Cholera in southern India
Disease focus: Cholera
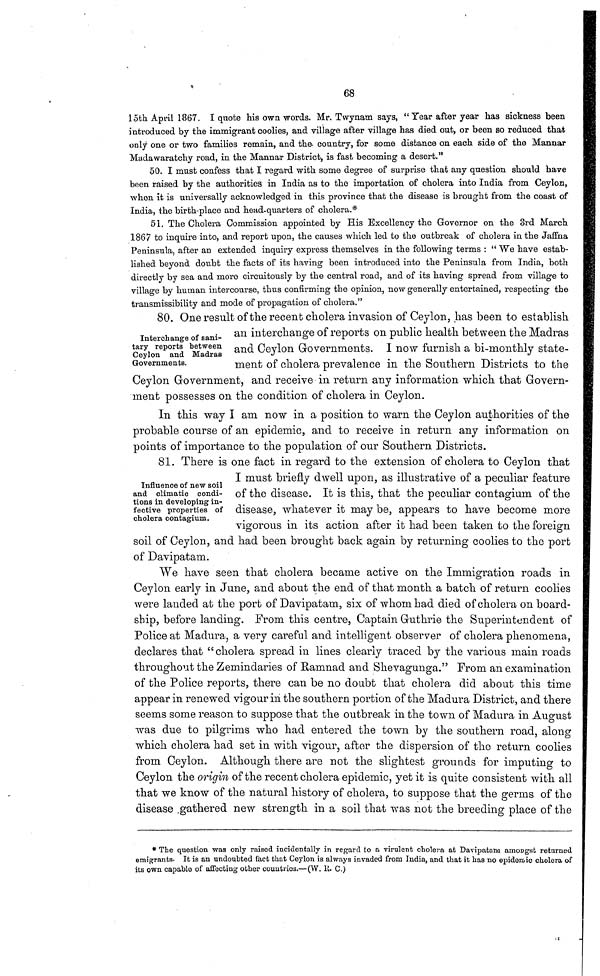
68
15th April 1867. I quote his own words. Mr. Twynam says, " Year after year has sickness been
introduced by the immigrant coolies, and village after village has died out, or been so reduced that
only one or two families remain, and the country, for some distance on each side of the Mannar
Madawaratchy road, in the Mannar District, is fast becoming a desert."
50. I must confess that I regard with some degree of surprise that any question should nave
been raised by the authorities in India as to the importation of cholera into India from Ceylon,
when it is universally acknowledged in this province that the disease is brought from the coast of
India, the birth-place and head-quarters of cholera.*
51. The Cholera Commission appointed by His Excellency the Governor on the 3rd March
1867 to inquire into, and report upon, the causes which led to the outbreak of cholera in the Jaffna
Peninsula, after an extended inquiry express themselves in the following terms : " We have estab-
lished beyond doubt the facts of its having been introduced into the Peninsula from India, both
directly by sea and more circuitously by the central road, and of its having spread from village to
village by human intercourse, thus confirming the opinion, now generally entertained, respecting the
transmissibility and mode of propagation of cholera."
Interchange of sani-
tary reports between
Ceylon and Madras
Governments.
80. One result of the recent cholera invasion of Ceylon, has been to establish
an interchange of reports on public health between the Madras
and Ceylon Governments. I now furnish a bi-monthly state-
ment of cholera prevalence in the Southern Districts to the
Ceylon Government, and receive in return any information which that Govern-
ment possesses on the condition of cholera in Ceylon.
In this way I am now in a position to warn the Ceylon authorities of the
probable course of an epidemic, and to receive in return any information on
points of importance to the population of our Southern Districts.
Influence of new soil
and climatic condi-
tions in developing in-
fective properties of
cholera contagium.
81. There is one fact in regard to the extension of cholera to Ceylon that
I must briefly dwell upon, as illustrative of a peculiar feature
of the disease. It is this, that the peculiar contagium of the
disease, whatever it may be, appears to have become more
vigorous in its action after it had been taken to the foreign
soil of Ceylon, and had been brought back again by returning coolies to the port
of Davipatam.
We have seen that cholera became active on the Immigration roads in
Ceylon early in June, and about the end of that month a batch of return coolies
were landed at the port of Davipatam, six of whom had died of cholera on board-
ship, before landing. From this centre, Captain Guthrie the Superintendent of
Police at Madura, a very careful and intelligent observer of cholera phenomena,
declares that "cholera spread in lines clearly traced by the various main roads
throughout the Zemindaries of Ramnad and Shevagunga." From an examination
of the Police reports, there can be no doubt that cholera did about this time
appear in renewed vigour in the southern portion of the Madura District, and there
seems some reason to suppose that the outbreak in the town of Madura in August
was due to pilgrims who had entered the town by the southern road, along
which cholera had set in with vigour, after the dispersion of the return coolies
from Ceylon. Although there are not the slightest grounds for imputing to
Ceylon the origin of the recent cholera epidemic, yet it is quite consistent with all
that we know of the natural history of cholera, to suppose that the germs of the
disease gathered new strength in a soil that was not the breeding place of the
* The question wag only raised incidentally in regard to a virulent cholera at Davipatam amongst returned
emigrants. It is an undoubted fact that Ceylon is always invaded from India, and that it has no epidemic cholera of
its own capable of affecting other countries.—(W. 11. C.)